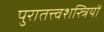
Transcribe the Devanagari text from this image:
पुरातत्त्वशस्त्रियों